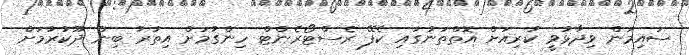
ސައިމަން ވިދާޅުވީ ކުރިއަށް އޮތްތަނުގައި ކެފޭ ރެސްޓޯރެންޓް ހިންގުމަށް އިތުރު ބިން ދޫކުރުމަށް